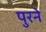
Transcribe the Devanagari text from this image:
पुरने